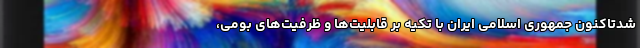
شدتاکنون جمهوری اسلامی ایران با تکیه بر قابلیت‌ها و ظرفیت‌های بومی،